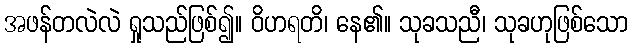
အဖန်တလဲလဲ ရှုသည်ဖြစ်၍။ ဝိဟရတိ၊ နေ၏။ သုခသညီ၊ သုခဟုဖြစ်သော